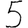
Digit: 5